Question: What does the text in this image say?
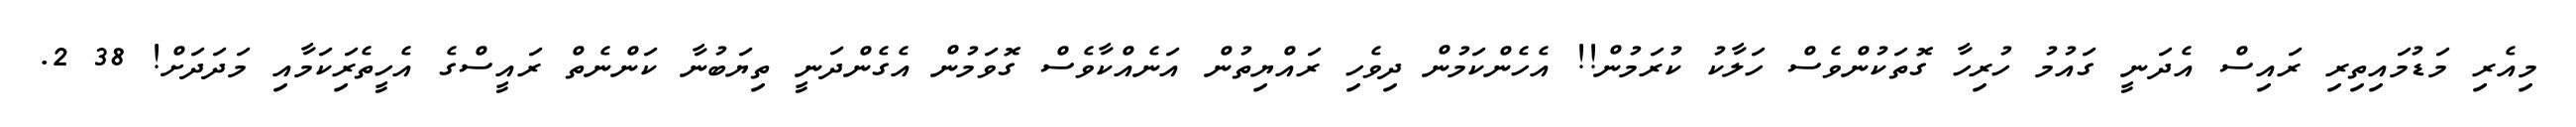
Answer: މިއެރި މަޑުމައިތިރި ރައިސް އެދަނީ ގައުމު ހުރިހާ ގޮތަކުންވެސް ހަލާކު ކުރަމުން!! އެހެންކަމުން ދިވެހި ރައްޔިތުން އަނެއްކާވެސް ގޮވަމުން އެގެންދަނީ ތިޔަބުނާ ކަންނެތް ރައީސްގެ އެހީތެރިަކަމާއި މަދަދަށް! 38 2.